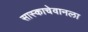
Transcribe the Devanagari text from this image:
सास्काचेवानला